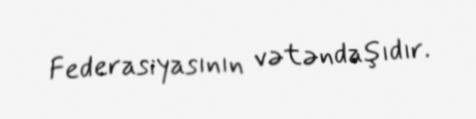
Federasiyasının vətəndaşıdır.